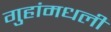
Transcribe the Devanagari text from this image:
गुहांमधली